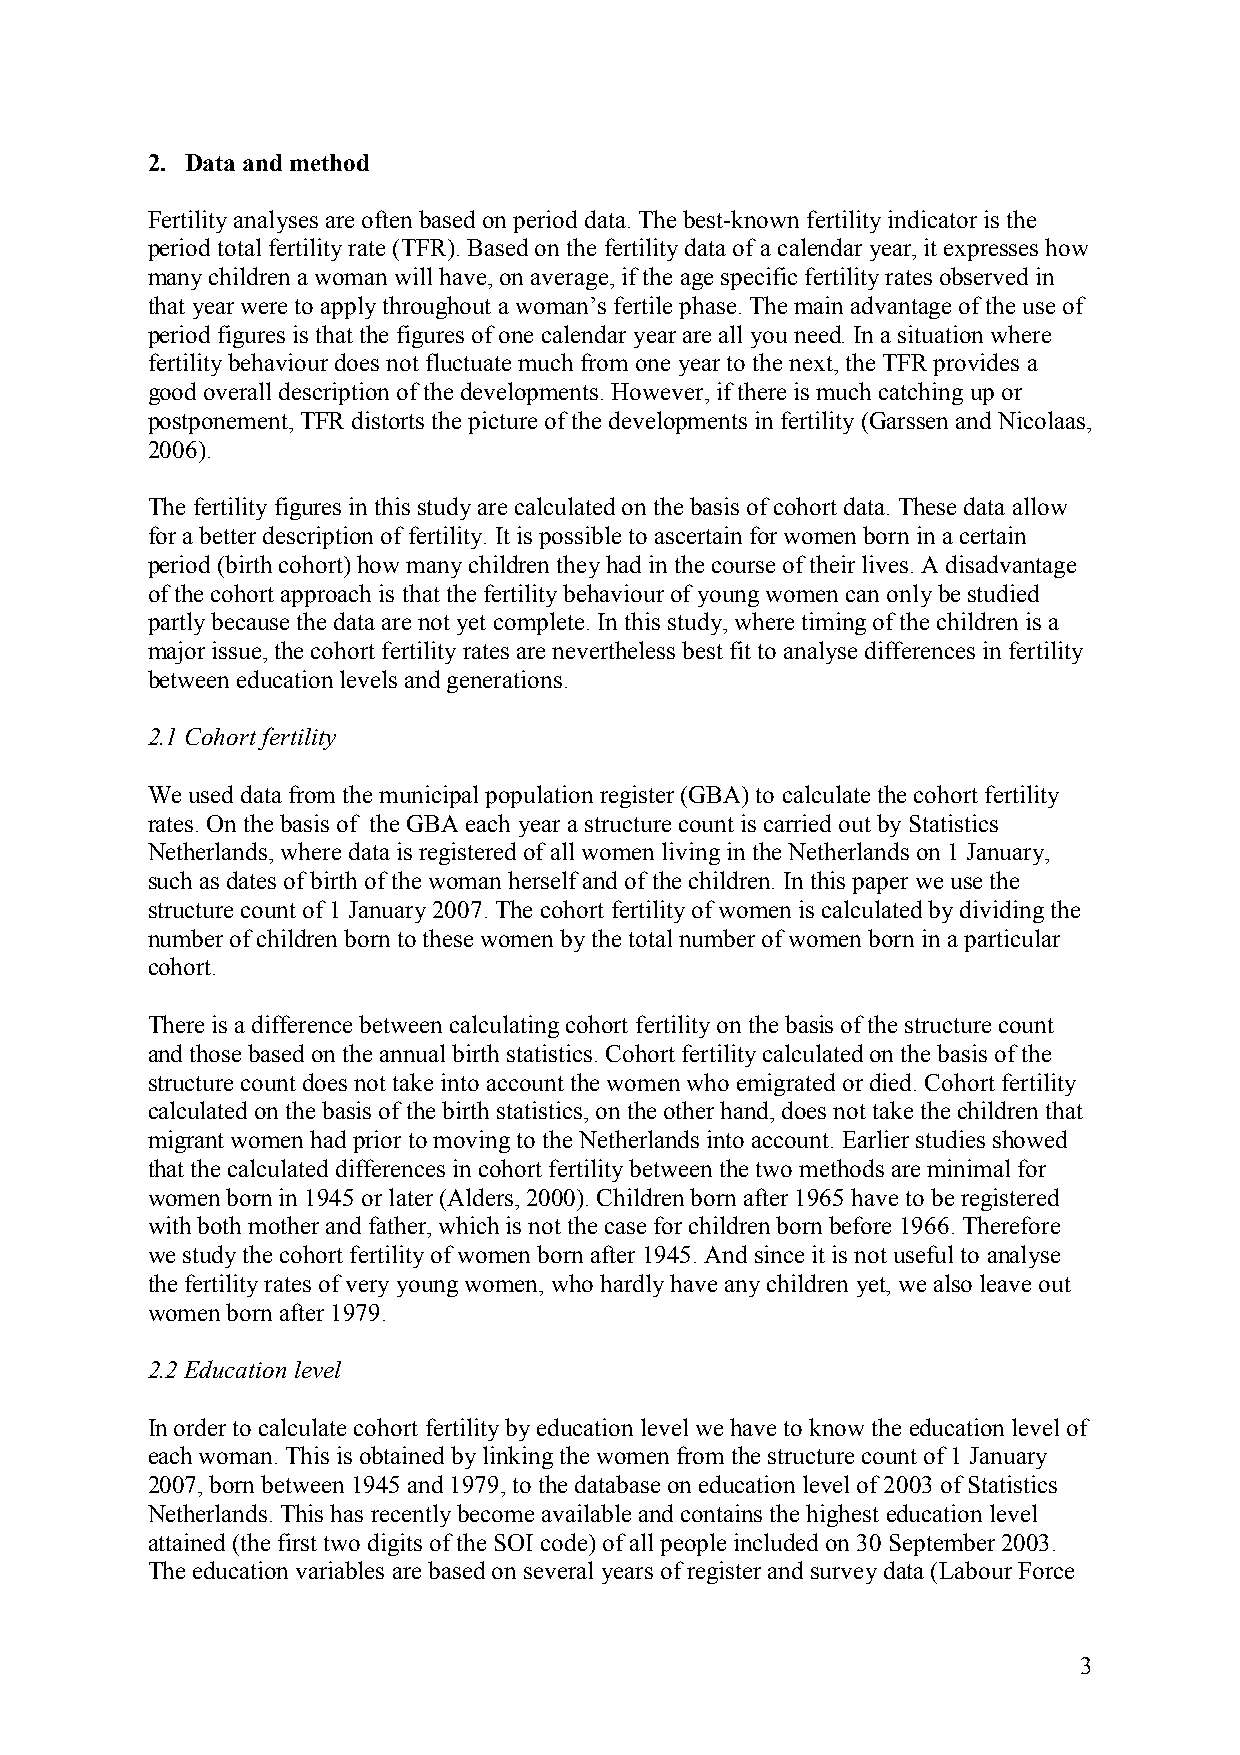
2. Data and method
 Fertility analyses are often based on period data. The best-known fertility indicator is the
 period total fertility rate (TFR). Based on the fertility data of a calendar year, it expresses how
 many children a woman will have, on average, if the age specific fertility rates observed in
 that year were to apply throughout a woman’s fertile phase. The main advantage of the use of
 period figures is that the figures of one calendar year are all you need. In a situation where
 fertility behaviour does not fluctuate much from one year to the next, the TFR provides a
 good overall description of the developments. However, if there is much catching up or
 postponement, TFR distorts the picture of the developments in fertility (Garssen and Nicolaas,
 2006).
 The fertility figures in this study are calculated on the basis of cohort data. These data allow
 for a better description of fertility. It is possible to ascertain for women born in a certain
 period (birth cohort) how many children they had in the course of their lives. A disadvantage
 of the cohort approach is that the fertility behaviour of young women can only be studied
 partly because the data are not yet complete. In this study, where timing of the children is a
 major issue, the cohort fertility rates are nevertheless best fit to analyse differences in fertility
 between education levels and generations.
 2.1 Cohort fertility
 We used data from the municipal population register (GBA) to calculate the cohort fertility
 rates. On the basis of the GBA each year a structure count is carried out by Statistics
 Netherlands, where data is registered of all women living in the Netherlands on 1 January,
 such as dates of birth of the woman herself and of the children. In this paper we use the
 structure count of 1 January 2007. The cohort fertility of women is calculated by dividing the
 number of children born to these women by the total number of women born in a particular
 cohort.
 There is a difference between calculating cohort fertility on the basis of the structure count
 and those based on the annual birth statistics. Cohort fertility calculated on the basis of the
 structure count does not take into account the women who emigrated or died. Cohort fertility
 calculated on the basis of the birth statistics, on the other hand, does not take the children that
 migrant women had prior to moving to the Netherlands into account. Earlier studies showed
 that the calculated differences in cohort fertility between the two methods are minimal for
 women born in 1945 or later (Alders, 2000). Children born after 1965 have to be registered
 with both mother and father, which is not the case for children born before 1966. Therefore
 we study the cohort fertility of women born after 1945. And since it is not useful to analyse
 the fertility rates of very young women, who hardly have any children yet, we also leave out
 women born after 1979.
 2.2 Education level
 In order to calculate cohort fertility by education level we have to know the education level of
 each woman. This is obtained by linking the women from the structure count of 1 January
 2007, born between 1945 and 1979, to the database on education level of 2003 of Statistics
 Netherlands. This has recently become available and contains the highest education level
 attained (the first two digits of the SOI code) of all people included on 30 September 2003.
 The education variables are based on several years of register and survey data (Labour Force
 3